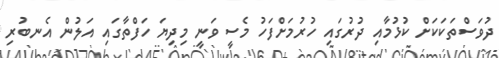
ދުވަސްތަކަކަށް ކުޅުމާއި ދުރުގައި ހުރުމަށްފަހު މެސީ ވަނީ މިދިޔަ ހަފްތާގައި އަލުން އެނބުރި